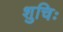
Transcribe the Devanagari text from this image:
शुचिः